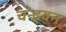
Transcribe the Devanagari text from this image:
चन्द्रवन